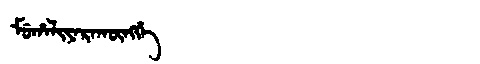
Manchu: ᠮᡠᡥᠠᠯᡳᠶᠠᡵᠠᡴᡡᠩᡤᡝ
Romanization: MUHALIYARAKŪNGGE